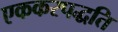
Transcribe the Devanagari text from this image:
एककरपद्धति